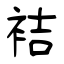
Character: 袺